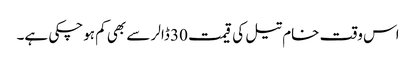
اس وقت خام تیل کی قیمت 30 ڈالر سے بھی کم ہوچکی ہے۔